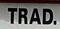
trad.